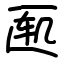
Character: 匦